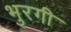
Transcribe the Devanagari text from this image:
भुरगी